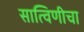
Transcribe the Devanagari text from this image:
सात्विणीचा